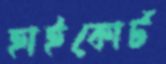
হাইকোর্ট